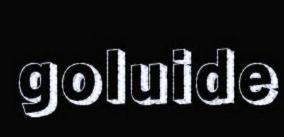
goluide